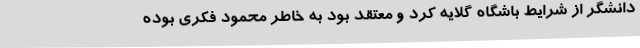
دانشگر از شرایط باشگاه گلایه کرد و معتقد بود به خاطر محمود فکری بوده